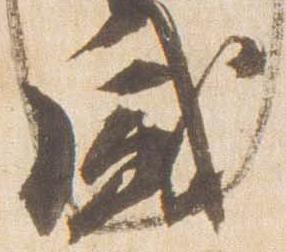
盛